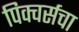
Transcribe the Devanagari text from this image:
पिक्चर्सचा